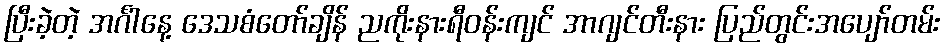
ပြီးခဲ့တဲ့ အင်္ဂါနေ့ ဒေသစံတော်ချိန် ညကိုးနားရီဝန်းကျင် အာဂျင်တီးနား ပြည်တွင်းအပျော်တမ်း